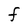
Character: F